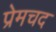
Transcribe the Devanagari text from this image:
प्रेमचद